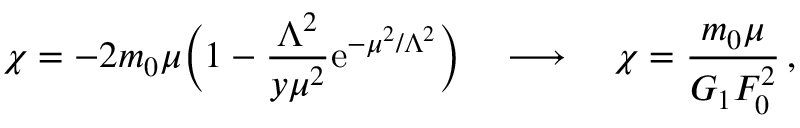
\chi = - 2 m _ { 0 } \mu \bigg ( 1 - \frac { \Lambda ^ { 2 } } { y \mu ^ { 2 } } \mathrm { e } ^ { - \mu ^ { 2 } / \Lambda ^ { 2 } } \bigg ) \quad \longrightarrow \quad \chi = \frac { m _ { 0 } \mu } { G _ { 1 } F _ { 0 } ^ { 2 } } \, ,